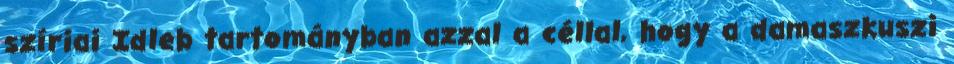
szíriai Idleb tartományban azzal a céllal, hogy a damaszkuszi